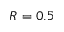
R = 0 . 5